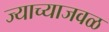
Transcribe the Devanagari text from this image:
ज्याच्याजवळ